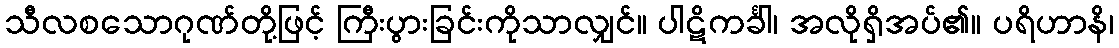
သီလစသောဂုဏ်တို့ဖြင့် ကြီးပွားခြင်းကိုသာလျှင်။ ပါဋိကင်္ခါ၊ အလိုရှိအပ်၏။ ပရိဟာနိ၊